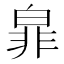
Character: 𭽜